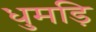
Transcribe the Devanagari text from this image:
धुमड़ि